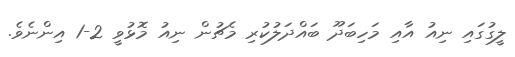
ލީގުގައި ނިއު އާއި މަހިބަދޫ ބައްދަލުކުރި މެޗުން ނިއު މޮޅުވީ 2-1 އިންނެވެ.